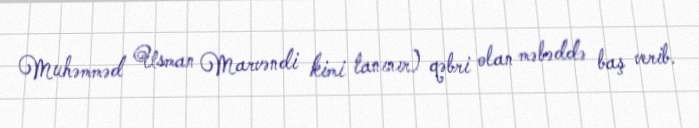
Muhəmməd Usman Marvəndi kimi tanınır) qəbri olan məbəddə baş verib.